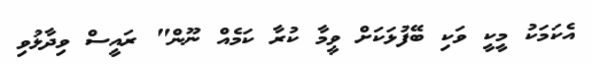
އެކަމަކު މީކީ ވަކި ބޭފުޅަކަށް ވީމާ ކުރާ ކަމެއް ނޫން" ރައީސް ވިދާޅުވި